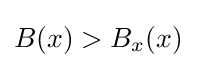
B(x)>{{B}_{x}}(x)